Plague in India, 1896, 1897 - Volume 3
Year: 1896
Disease focus: Plague
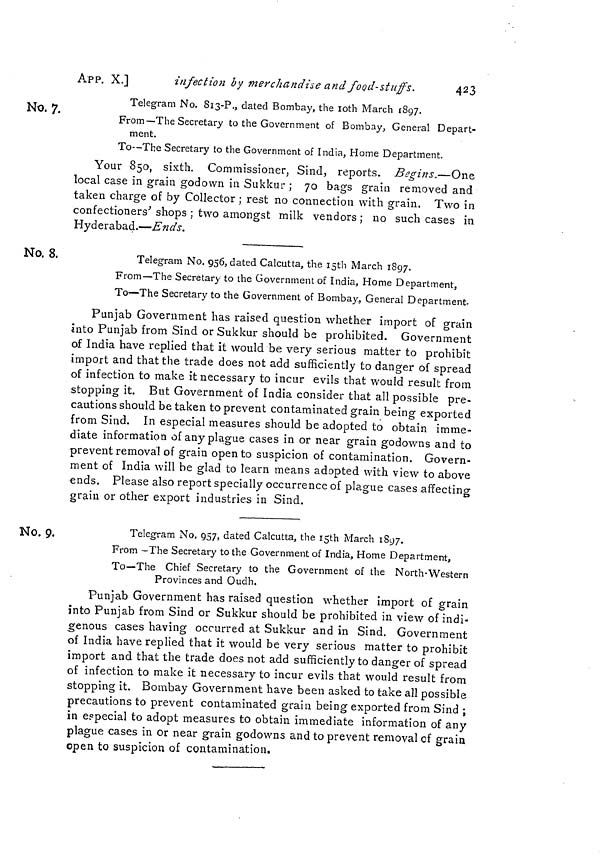
APP. X.]
infection by merchandise and foQd-stuffs.
423
No. 7.
Telegram No. 813-?., dated Bombay, the loth March 1897.
From—The Secretary to the Government of Bombay, General Depart-
ment.
To—The Secretary to the Government of India, Home Department.
Your 850, sixth. Commissioner, Sind 3 reports. Begins.—One
local case in grain godown in Sukkur ; 70 bags grain removed and
taken charge of by Collector ; rest no connection with grain. Two in
confectioners' shops ; two amongst milk vendors ; no such cases in
Hyderabad.—Ends.
No. 8.
Telegram No. 956, dated Calcutta, the isth March 1897.
From—The Secretary to the Government of India, Home Department,
To—The Secretary to the Government of Bomba}', General Department.
Punjab Government has raised question whether import of grain
Into Punjab from Sind or Sukkur should be prohibited. Government
of India have replied that it would be very serious matter to prohibit
import and that the trade does not add sufficiently to danger of spread
of infection to make it necessary to incur evils that would result from
stopping it. But Government of India consider that all possible pre-
cautions should be taken to prevent contaminated grain being exported
from Sind. In especial measures should be adopted to obtain imme-
diate information of any plague cases in or near grain godowns and to
prevent removal of grain open to suspicion of contamination. Govern-
ment of India will be glad to learn means adopted with view to above
ends. Please also report specially occurrence of plague cases affecting
grain or other export industries in Sind.
No. 9.
Telegram No. 957, dated Calcutta, the isth March 1897.
From -The Secretary to the Government of India, Home Department,
To—The Chief Secretary to the Government of the North-Western
Provinces and Oudh.
Punjab Government has raised question whether import of grain
into Punjab from Sind or Sukkur should be prohibited in view of indi-
genous cases having occurred at Sukkur and in Sind. Government
of India have replied that it would be very serious matter to prohibit
import and that the trade does not add sufficiently to danger of spread
of infection to make it necessary to incur evils that would result from
stopping it. Bombay Government have been asked to take all possible
precautions to prevent contaminated grain being exported from Sind ;
in eppecial to adopt measures to obtain immediate information of any
plague cases in or near grain godowns and to prevent removal of grain
open to suspicion of contamination.